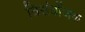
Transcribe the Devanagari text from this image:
त्रिसंयोंजक